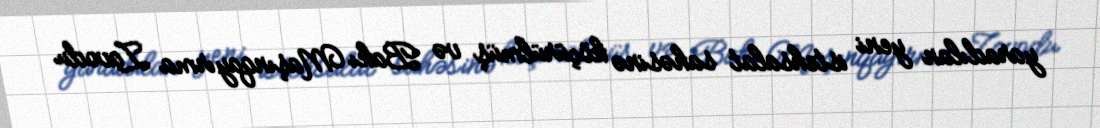
yaradılan yeni istehsalat sahəsinə köçürülmüş və Bakı Maşınqayırma Zavodu